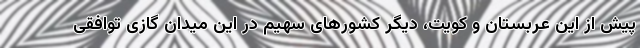
پیش از این عربستان و کویت، دیگر کشورهای سهیم در این میدان گازی توافقی